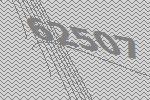
62507